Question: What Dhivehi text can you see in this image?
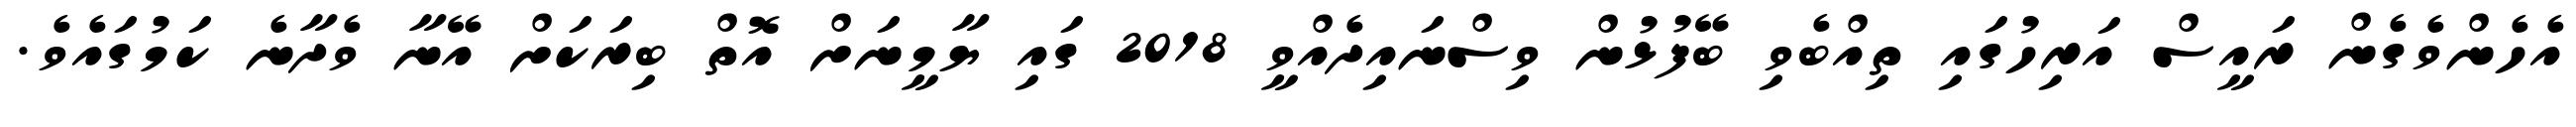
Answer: އެހެންވެގެން ރައީސް އަރިހުގައި ތިއްބެވި ބޭފުޅުން ވިސްނައިދެއްވީ 2018 ގައި ޔާމީނަށް އޮތް ބިރަކަށް އޭނާ ވެދާނެ ކަމުގައެވެ.